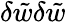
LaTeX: \delta\tilde{{w}}\delta\tilde{{w}}